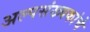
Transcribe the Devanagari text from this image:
अल्पसंख्यकांचे